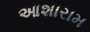
આશારામ